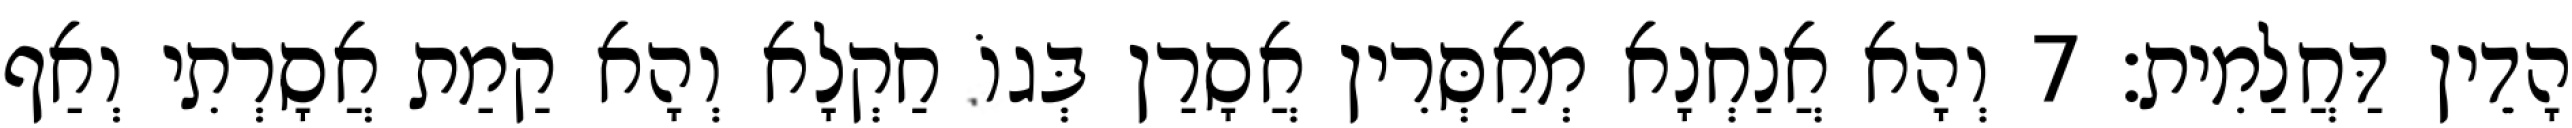
הָדֵין דַּחֲלַמִית׃ 7 וְהָא אֲנַחְנָא מְאַסְּרִין אֲסָרַן בְּגוֹ חַקְלָא וְהָא קַמַת אֲסָרְתִי וְאַף